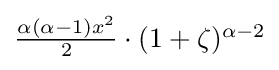
{\textstyle {\frac {\alpha (\alpha -1)x^{2}}{2}}\cdot (1+\zeta )^{\alpha -2}}